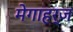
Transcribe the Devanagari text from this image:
मेगाहर्ज़